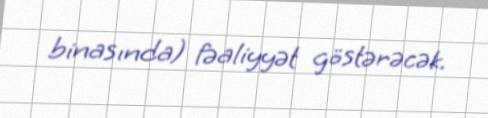
binasında) fəaliyyət göstərəcək.